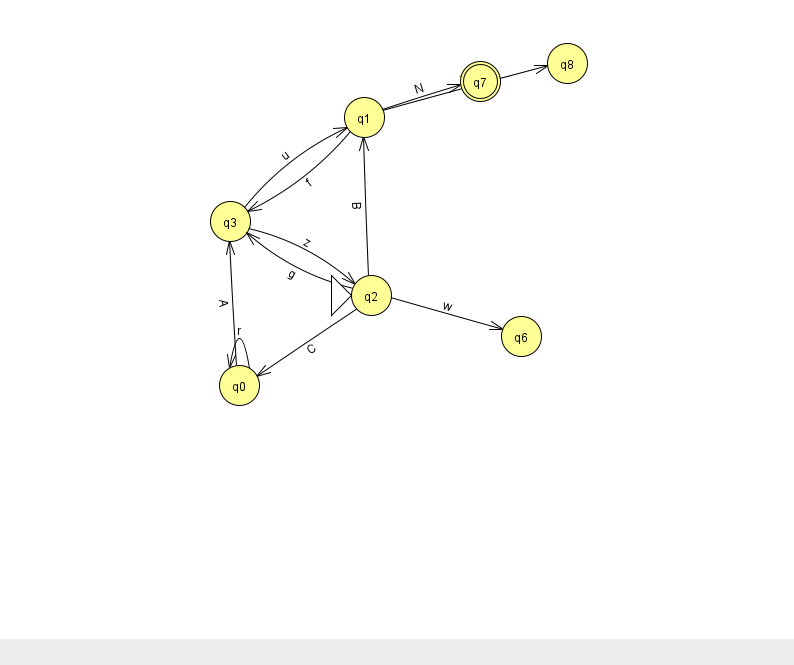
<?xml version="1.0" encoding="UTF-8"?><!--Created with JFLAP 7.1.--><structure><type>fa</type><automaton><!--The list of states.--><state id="0" name="q0"><x>239.0</x><y>372.0</y></state><state id="1" name="q1"><x>364.0</x><y>104.0</y></state><state id="2" name="q2"><x>371.0</x><y>282.0</y><initial/></state><state id="3" name="q3"><x>230.0</x><y>208.0</y></state><state id="6" name="q6"><x>521.0</x><y>323.0</y></state><state id="7" name="q7"><x>480.0</x><y>68.0</y><final/></state><state id="8" name="q8"><x>567.0</x><y>50.0</y></state><!--The list of transitions.--><transition><from>3</from><to>2</to><read>z</read></transition><transition><from>2</from><to>0</to><read>C</read></transition><transition><from>0</from><to>0</to><read>r</read></transition><transition><from>2</from><to>1</to><read>B</read></transition><transition><from>1</from><to>7</to><read>N</read></transition><transition><from>0</from><to>3</to><read>A</read></transition><transition><from>1</from><to>8</to><read>Z</read></transition><transition><from>1</from><to>3</to><read>f</read></transition><transition><from>2</from><to>3</to><read>g</read></transition><transition><from>2</from><to>6</to><read>w</read></transition><transition><from>3</from><to>1</to><read>u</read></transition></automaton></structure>